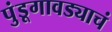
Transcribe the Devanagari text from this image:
पुंडूगावड्याचं